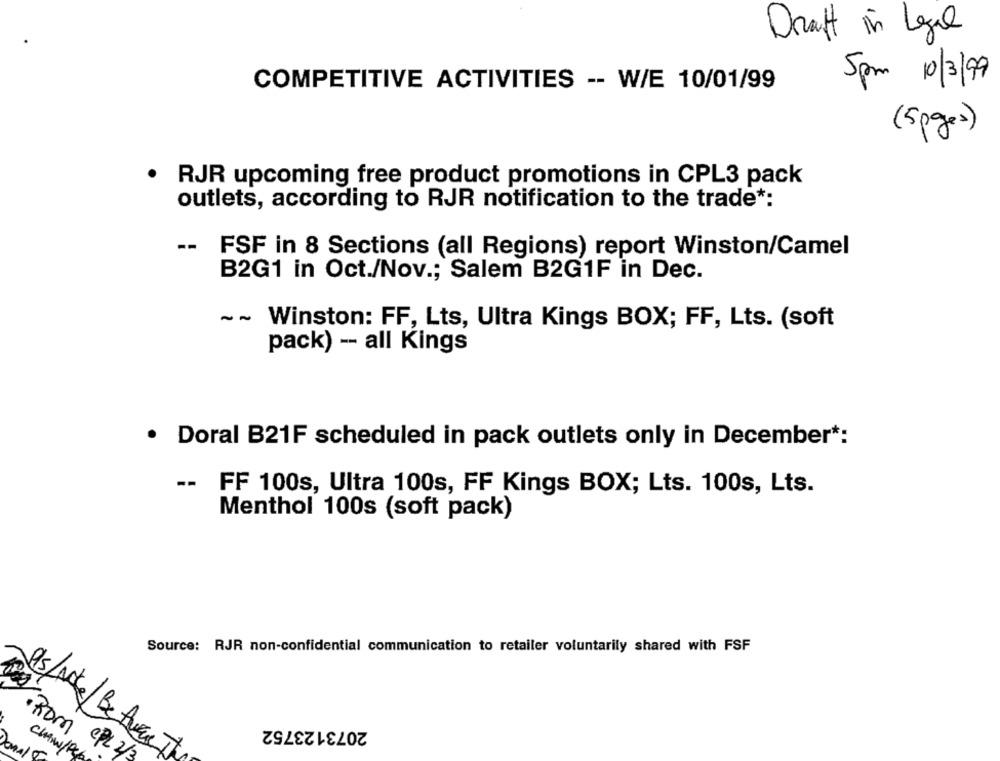
Draft in Legal
5pm 10/3/99
COMPETITIVE ACTIVITIES -- W/E 10/01/99
(5 pages)
RJR upcoming free product promotions in CPL3 pack
outlets, according to RJR notification to the trade *:
--
FSF in 8 Sections (all Regions) report Winston/Camel
B2G1 in Oct./Nov .; Salem B2G1F in Dec.
--
Winston: FF, Lts, Ultra Kings BOX; FF, Lts. (soft
pack) - all Kings
· Doral B21F scheduled in pack outlets only in December *:
-- FF 100s, Ultra 100s, FF Kings BOX; Lts. 100s, Lts.
Menthol 100s (soft pack)
Source: RJR non-confidential communication to retailer voluntarily shared with FSF
PlsLActe/ Bet
2073123752
.Rom
CHAW/PC